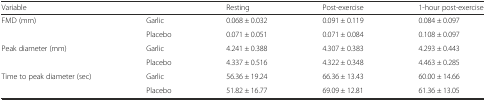
| Variable |  | Resting | Post-exercise | 1-hour post-exercise |
 | --- | --- | --- | --- | --- |
 | FMD (mm) | Garlic | 0.068 ± 0.032 | 0.091 ± 0.119 | 0.084 ± 0.097 |
 |  | Placebo | 0.071 ± 0.051 | 0.071 ± 0.084 | 0.108 ± 0.097 |
 | Peak diameter (mm) | Garlic | 4.241 ± 0.388 | 4.307 ± 0.383 | 4.293 ± 0.443 |
 |  | Placebo | 4.337 ± 0.516 | 4.322 ± 0.348 | 4.463 ± 0.285 |
 | Time to peak diameter (sec) | Garlic | 56.36 ± 19.24 | 66.36 ± 13.43 | 60.00 ± 14.66 |
 |  | Placebo | 51.82 ± 16.77 | 69.09 ± 12.81 | 61.36 ± 13.05 |